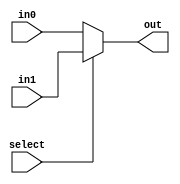
/*
 * Assignment     : KGPRISC
 * Semester       : Autumn 2021 
 * Group          : 46
 * Name1          : Neha Dalmia
 * RollNumber1    : 19CS30055
 * Name2          : Rajat Bachhawat
 * RollNumber2    : 19CS10073
 */

`timescale 1ns / 1ps

module mux21_5bit(
    input [4:0] in0,
    input [4:0] in1,
    input select,
    output reg [4:0] out
);

always @(*) begin
    if(select)
    begin
        out = in1;
    end 
    else 
    begin
        out = in0;
    end

end
endmodule